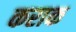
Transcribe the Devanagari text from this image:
कराक